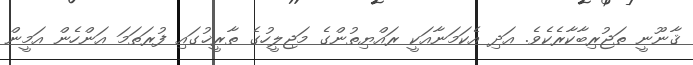
ޤާނޫނީ ތަޖުރިބާކާރެކެވެ. އަދި އެކަމަނާއަކީ ރައްޔިތުންގެ މަޖިލީހުގެ ތާރީޚުގައި ފުރަތަމަ އަންހެން އަމީން